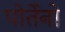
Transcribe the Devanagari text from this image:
पोर्तेनो